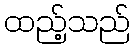
ထည့်သည်